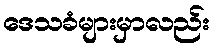
ဒေသခံများမှာလည်း